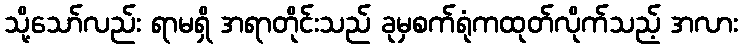
သို့သော်လည်း ရာမရှိ အရာတိုင်းသည် ခုမှစက်ရုံကထုတ်လိုက်သည့် အလား